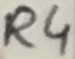
Text: R4